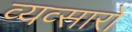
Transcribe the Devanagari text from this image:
व्यव्सारों